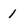
Character: 1